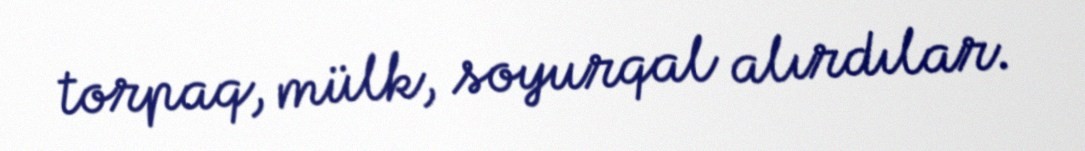
torpaq, mülk, soyurqal alırdılar.